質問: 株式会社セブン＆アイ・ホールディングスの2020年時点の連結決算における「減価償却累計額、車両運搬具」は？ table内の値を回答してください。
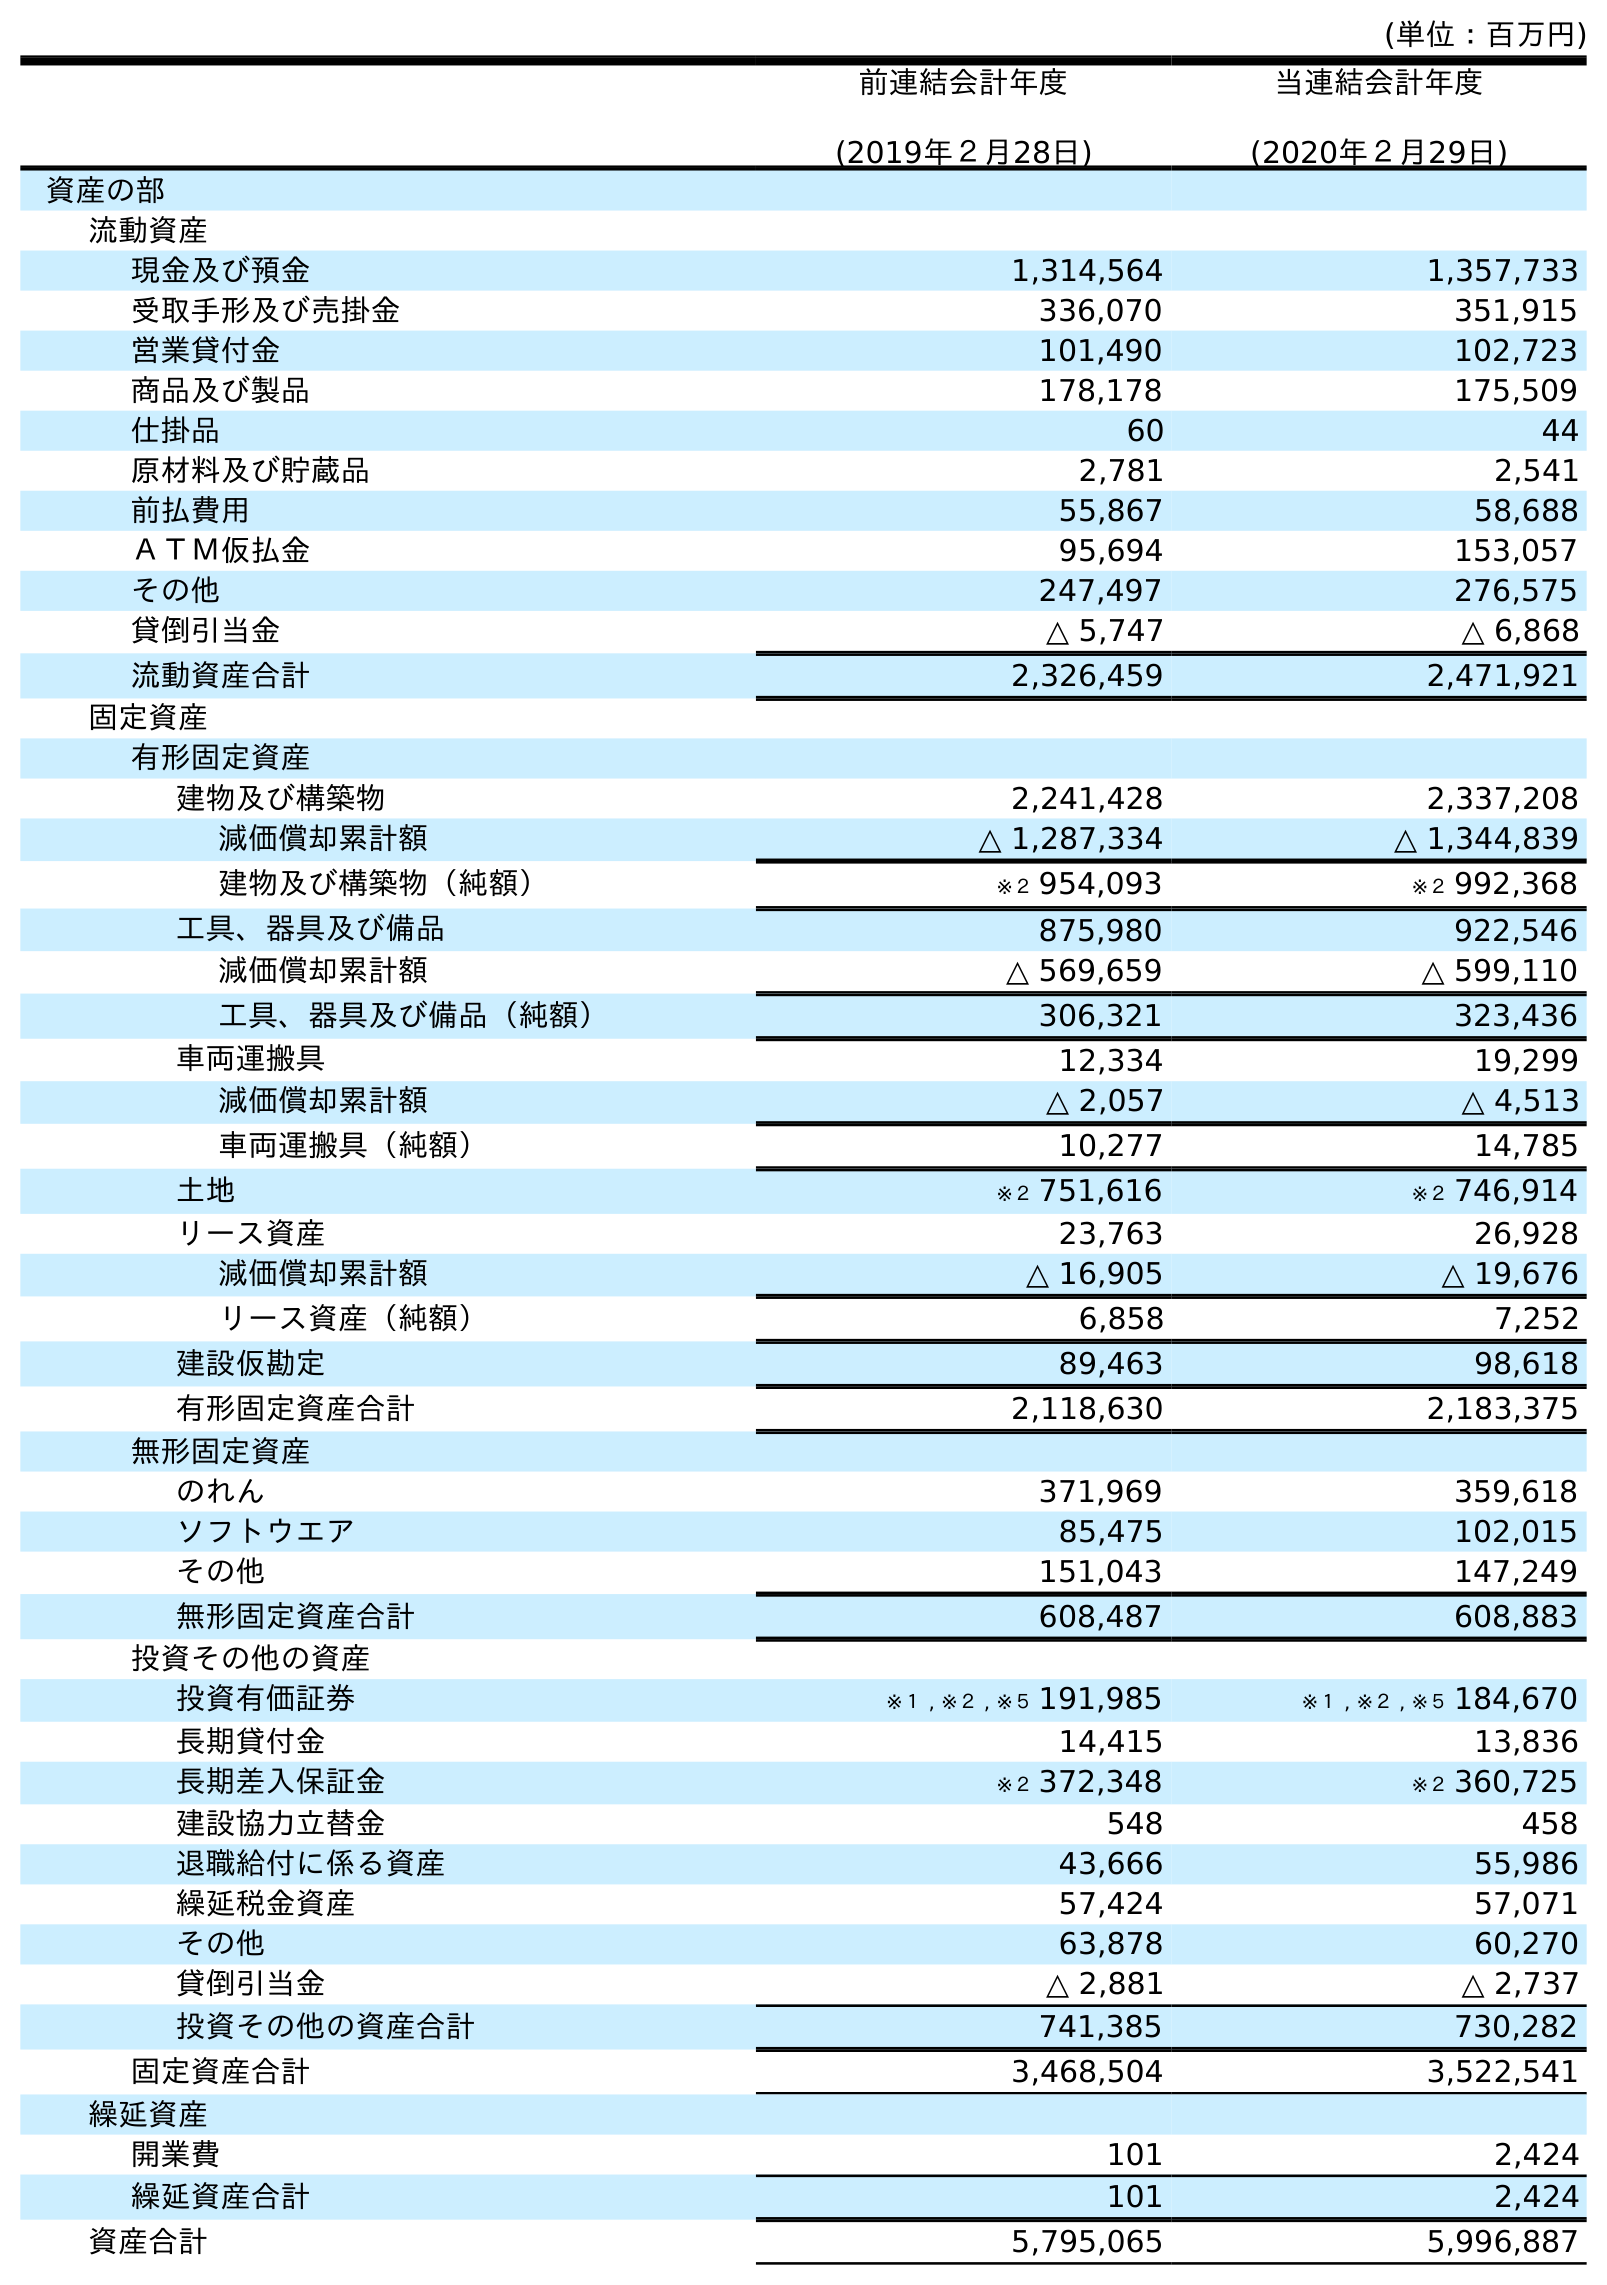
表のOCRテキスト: (単位：百万円) 前連結会計年度 (2019年２月28日) 当連結会計年度 (2020年２月29日) 資産の部 流動資産 現金及び預金 1,314,564 1,357,733 受取手形及び売掛金 336,070 351,915 営業貸付金 101,490 102,723 商品及び製品 178,178 175,509 仕掛品 60 44 原材料及び貯蔵品 2,781 2,541 前払費用 55,867 58,688 ＡＴＭ仮払金 95,694 153,057 その他 247,497 276,575 貸倒引当金 △ 5,747 △ 6,868 流動資産合計 2,326,459 2,471,921 固定資産 有形固定資産 建物及び構築物 2,241,428 2,337,208 減価償却累計額 △ 1,287,334 △ 1,344,839 建物及び構築物（純額） ※２ 954,093 ※２ 992,368 工具、器具及び備品 875,980 922,546 減価償却累計額 △ 569,659 △ 599,110 工具、器具及び備品（純額） 306,321 323,436 車両運搬具 12,334 19,299 減価償却累計額 △ 2,057 △ 4,513 車両運搬具（純額） 10,277 14,785 土地 ※２ 751,616 ※２ 746,914 リース資産 23,763 26,928 減価償却累計額 △ 16,905 △ 19,676 リース資産（純額） 6,858 7,252 建設仮勘定 89,463 98,618 有形固定資産合計 2,118,630 2,183,375 無形固定資産 のれん 371,969 359,618 ソフトウエア 85,475 102,015 その他 151,043 147,249 無形固定資産合計 608,487 608,883 投資その他の資産 投資有価証券 ※１ , ※２ , ※５ 191,985 ※１ , ※２ , ※５ 184,670 長期貸付金 14,415 13,836 長期差入保証金 ※２ 372,348 ※２ 360,725 建設協力立替金 548 458 退職給付に係る資産 43,666 55,986 繰延税金資産 57,424 57,071 その他 63,878 60,270 貸倒引当金 △ 2,881 △ 2,737 投資その他の資産合計 741,385 730,282 固定資産合計 3,468,504 3,522,541 繰延資産 開業費 101 2,424 繰延資産合計 101 2,424 資産合計 5,795,065 5,996,887
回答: △4,513